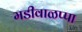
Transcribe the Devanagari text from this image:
मडीवाळप्पा